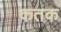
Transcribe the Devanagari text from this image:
कतक